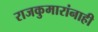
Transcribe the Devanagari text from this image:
राजकुमारांनाही